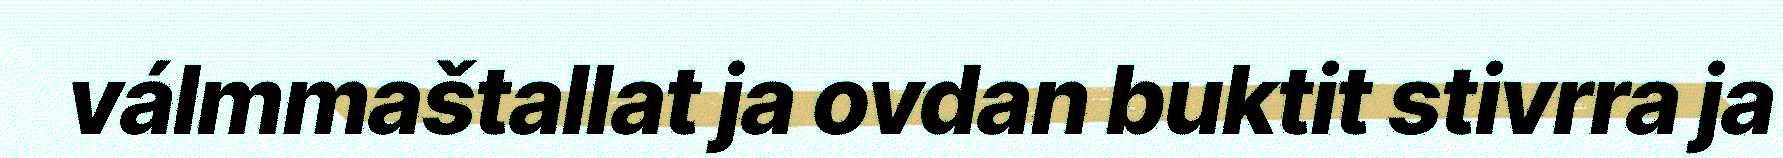
válmmaštallat ja ovdan buktit stivrra ja